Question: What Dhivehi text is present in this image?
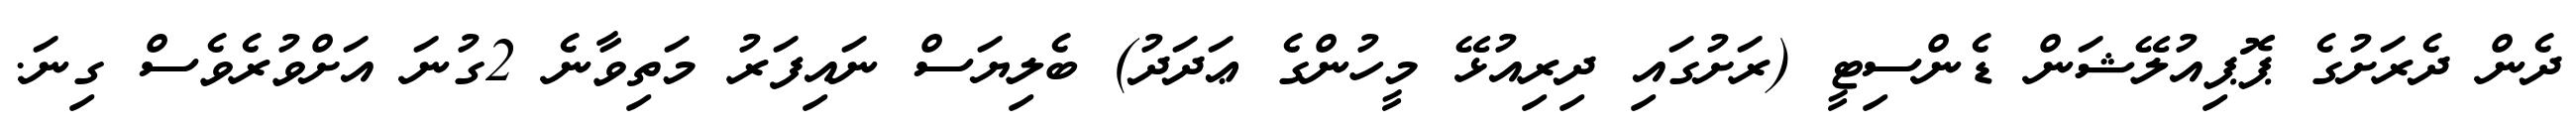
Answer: ދެން ދެރަށުގެ ޕޮޕިއުލޭޝަން ޑެންސިޓީ (ރަށުގައި ދިރިއުޅޭ މީހުންގެ ޢަދަދު) ބެލިޔަސް ނައިފަރު މަތިވާނެ 2ގުނަ އަށްވުރެވެސް ގިނަ.